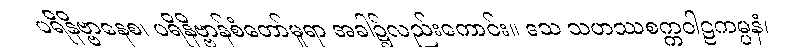
ပရိနိဗ္ဗာနေစ၊ ပရိနိဗ္ဗာန်စံတော်မူရာ အခါ၌လည်းကောင်း။ ဒသ သဟဿစက္ကဝါဠကမ္ပနံ၊